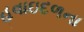
હવાઇદળના